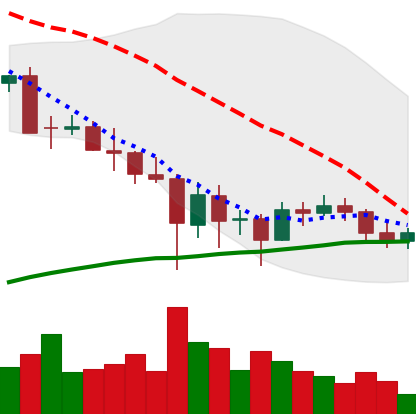
Ticker: BTC-USD
Chart end date: 2021-05-30
Forward return: 3.409%
Label: up_3_5